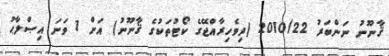
ޤާނޫނު ނަންބަރު 2010/22 (ދިވެހިރާއްޖޭގެ ކޯޓުތަކުގެ ޤާނޫނު) އަށް 1 ވަނަ އިޞްލާޙު